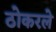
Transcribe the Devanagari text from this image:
ठोकरले